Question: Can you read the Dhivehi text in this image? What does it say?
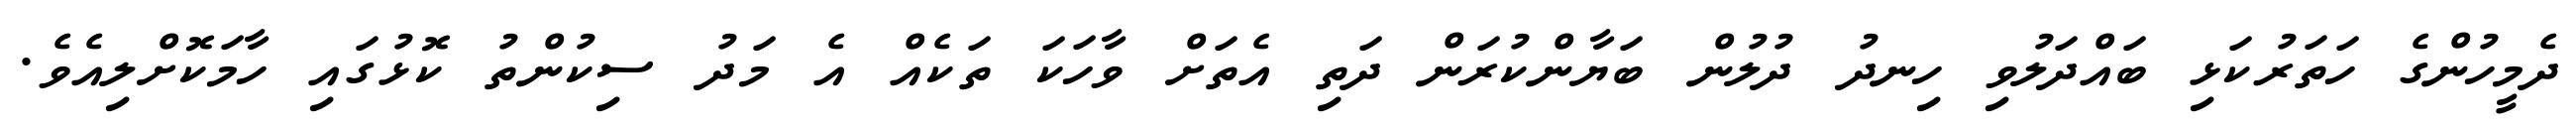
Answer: ދެމީހުންގެ ހަތަރުކަޅި ބައްދަލުވި ހިނދު ދުލުން ބަޔާންކުރަން ދަތި އެތަށް ވާހަކަ ތަކެއް އެ މަދު ސިކުންތު ކޮޅުގައި ހާމަކޮށްލިއެވެ.